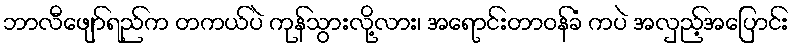
ဘာလီဖျော်ရည်က တကယ်ပဲ ကုန်သွားလို့လား၊ အရောင်းတာဝန်ခံ ကပဲ အလှည့်အပြောင်း